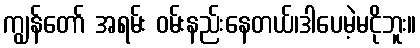
ကျွန်တော် အရမ်း ဝမ်းနည်းနေတယ်၊ဒါပေမဲ့မငိုဘူး။